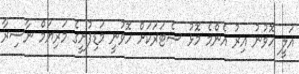
އަލީ ހޮވުނު އިރު އެންމެ މޮޅު ސެޓަރަކަށް ހޮވުނީ މަޑިފުށީގެ މަރިޔަމް ނާސިރާ